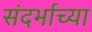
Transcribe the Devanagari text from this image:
संदर्भाच्या